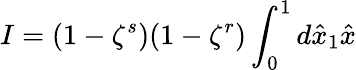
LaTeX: I=(1-\zeta^{s})(1-\zeta^{r})\int_{0}^{1}d\hat{x}_{1}\hat{x}